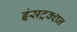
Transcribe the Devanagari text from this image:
इंसट्रक्शन